Indian journal of veterinary science and animal husbandry - Volume 3,
Year: 1933
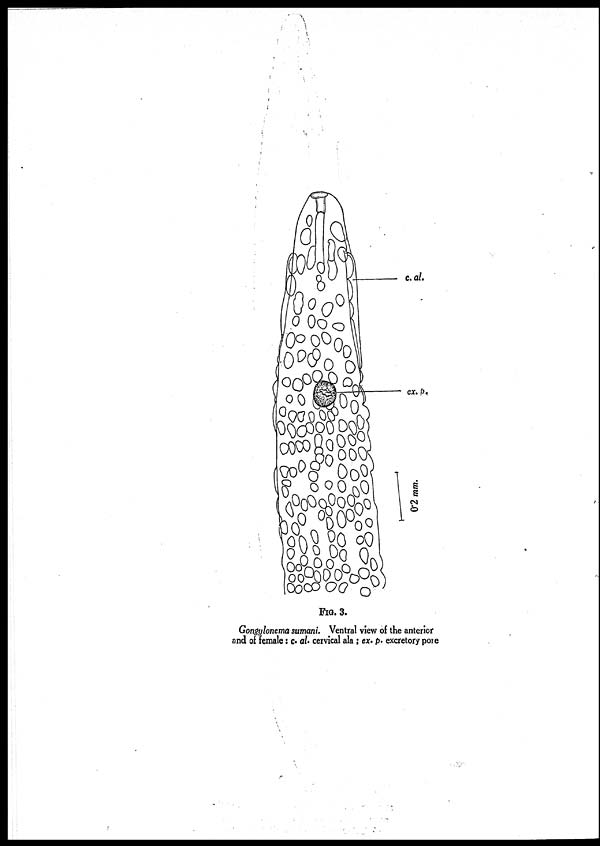
FIG. 3.
Gongylonema sumani. Ventral view of the anterior
and of female: c. al. cervical ala ; ex. p. excretory pore